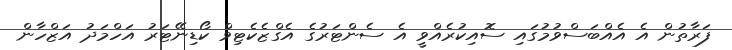
ފަރާތުން އެ އެއްބަސްވުމުގައި ސޮއިކުރެއްވީ އެ ސެންޓަރުގެ އެގްޒެކެޓިވް ކޯޑިނޭޓަރު އަހްމަދު އަޒްހާން